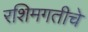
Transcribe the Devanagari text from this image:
रशिमगतीचे